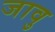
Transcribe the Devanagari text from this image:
जावु